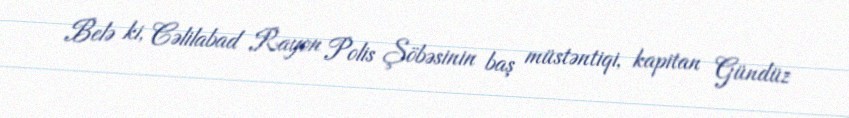
Belə ki, Cəlilabad Rayon Polis Şöbəsinin baş müstəntiqi, kapitan Gündüz